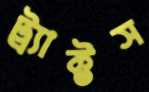
ট্র্যাক্টস